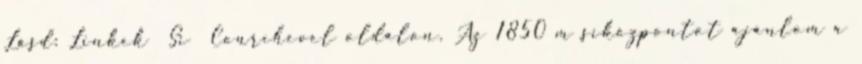
Lásd: Linkek Sí Courchevel oldalon. Az 1850 m síközpontot ajánlom a